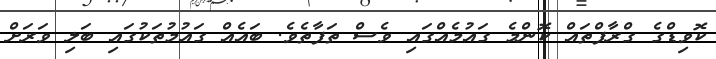
ކޮވިޑްގެ ގްރާފްތައް ކޮންމެ ގައުމެއްގައި ވެސް ތަފާތެވެ. ބައެއް ގައުމުތަކުގައި ބަލި ވަރަށް